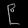
Digit: ၉